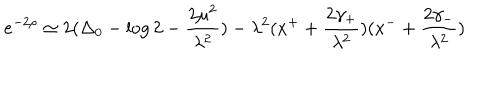
e ^ { - 2 \rho } \simeq 2 ( \Delta _ { 0 } - \log 2 - \frac { 2 \mu ^ { 2 } } { \lambda ^ { 2 } } ) - \lambda ^ { 2 } ( x ^ { + } + \frac { 2 \gamma _ { + } } { \lambda ^ { 2 } } ) ( x ^ { - } + \frac { 2 \gamma _ { - } } { \lambda ^ { 2 } } )